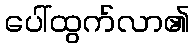
ပေါ်ထွက်လာ၏